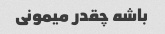
باشه چقدر میمونی